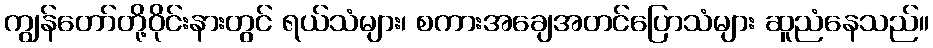
ကျွန်တော်တို့ဝိုင်းနားတွင် ရယ်သံများ၊ စကားအချေအတင်ပြောသံများ ဆူညံနေသည်။